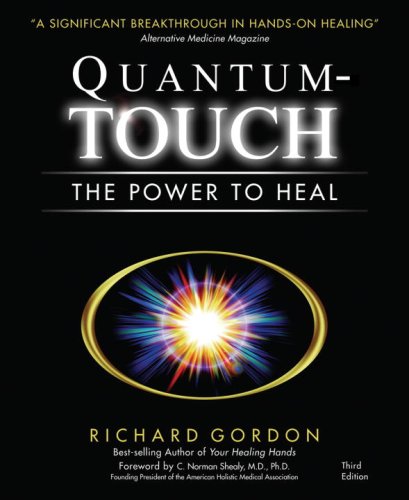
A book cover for Quantum-Touch: The Power to Heal (Third Edition); Richard Gordon; Health, Fitness & Dieting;